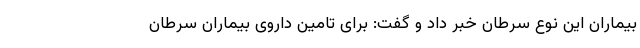
بیماران این نوع سرطان خبر داد و گفت: برای تامین داروی بیماران سرطان